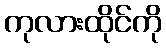
ကုလားထိုင်ကို